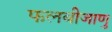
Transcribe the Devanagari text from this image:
फलबीजाणु